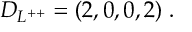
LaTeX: { \cal D } _ { L ^ { + + } } = ( 2 , 0 , 0 , 2 ) \; .